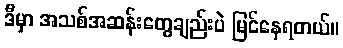
ဒီမှာ အသစ်အဆန်းတွေချည်းပဲ မြင်နေရတယ်။